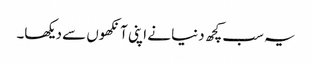
یہ سب کچھ دنیا نے اپنی آنکھوں سے دیکھا۔